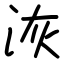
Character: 洃